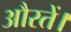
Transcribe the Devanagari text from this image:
औरतें।